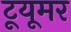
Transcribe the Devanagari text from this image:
टूयूमर